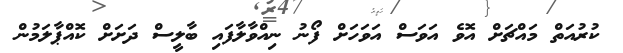
ކުރުއަތް މައްޗަށް އޮވެ އަވަސް އަވަހަށް ފޯނު ނިއްވާލާފައި ބާލީސް ދަށަށް ކޮއްޕާލަމުން